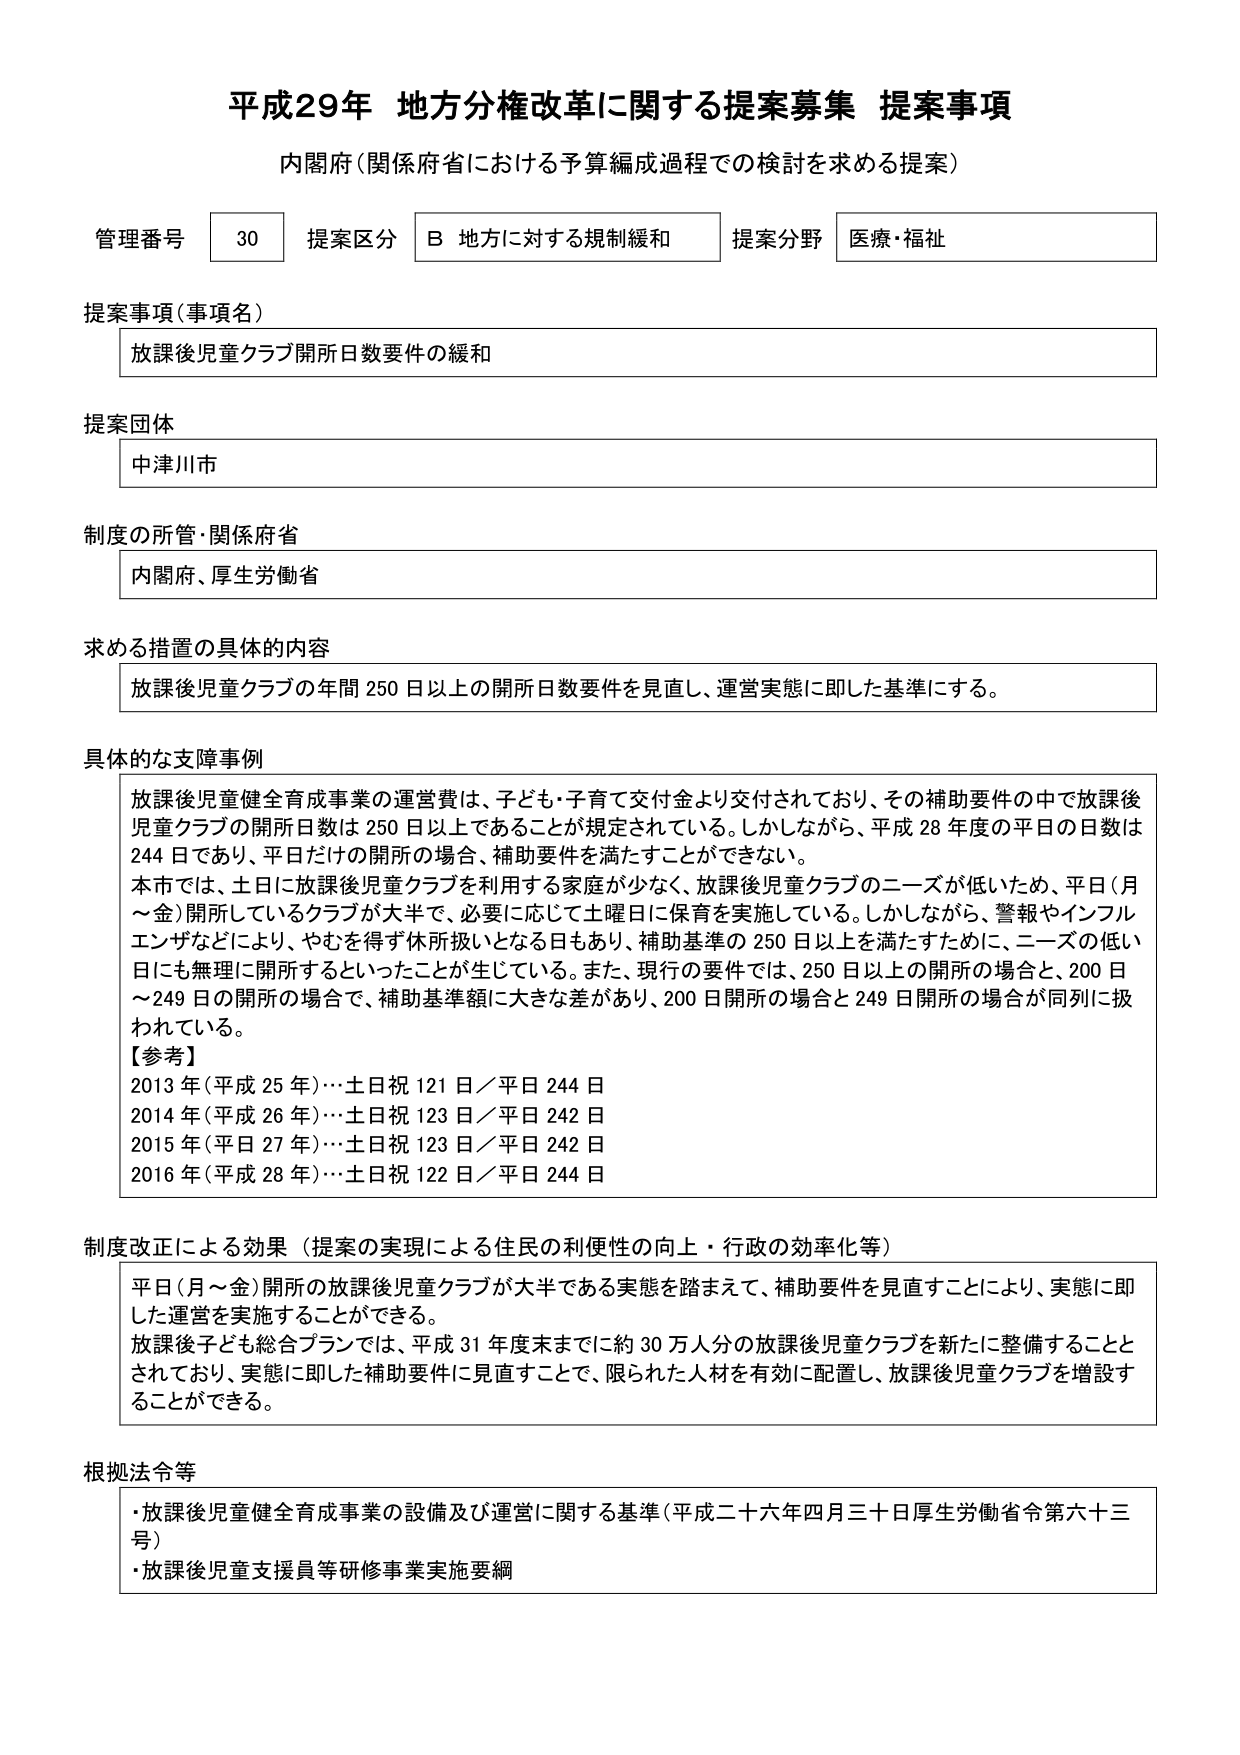
平成29年 地方分権改革に関する提案募集 提案事項
内閣府（関係府省における予算編成過程での検討を求める提案）

管理番号 30 提案区分 B 地方に対する規制緩和 提案分野 医療・福祉

提案事項（事項名）
放課後児童クラブ開所日数要件の緩和

提案団体
中津川市

制度の所管・関係府省
内閣府、厚生労働省

求める措置の具体的内容
放課後児童クラブの年間 250 日以上の開所日数要件を見直し、運営実態に即した基準にする。

具体的な支障事例
放課後児童健全育成事業の運営費は、子ども・子育て交付金より交付されており、その補助要件の中で放課後児童クラブの開所日数は 250 日以上であることが規定されている。しかしながら、平成 28 年度の平日の日数は 244 日であり、平日だけの開所の場合、補助要件を満たすことができない。
本市では、土日に放課後児童クラブを利用する家庭が少なく、放課後児童クラブのニーズが低いため、平日（月～金）開所しているクラブが大半で、必要に応じて土曜日に保育を実施している。しかしながら、警報やインフルエンザなどにより、やむを得ず休所扱いとなる日もあり、補助基準の 250 日以上を満たすために、ニーズの低い日にも無理に開所するといったことが生じている。また、現行の要件では、250 日以上の開所の場合と、200 日～249 日の開所の場合で、補助基準額に大きな差があり、200 日開所の場合と 249 日開所の場合が同列に扱われている。
【参考】
2013 年（平成 25 年）…土日祝 121 日／平日 244 日
2014 年（平成 26 年）…土日祝 123 日／平日 242 日
2015 年（平成 27 年）…土日祝 123 日／平日 242 日
2016 年（平成 28 年）…土日祝 122 日／平日 244 日

制度改正による効果（提案の実現による住民の利便性の向上・行政の効率化等）
平日（月～金）開所の放課後児童クラブが大半である実態を踏まえて、補助要件を見直すことにより、実態に即した運営を実施することができる。
放課後子ども総合プランでは、平成 31 年度末までに約 30 万人分の放課後児童クラブを新たに整備することとされており、実態に即した補助要件に見直すことで、限られた人材を有効に配置し、放課後児童クラブを増設することができる。

根拠法令等
・放課後児童健全育成事業の設備及び運営に関する基準（平成二十六年四月三十日厚生労働省令第六十三号）
・放課後児童支援員等研修事業実施要綱